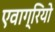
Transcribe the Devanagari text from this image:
एवाग्रियो